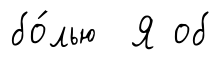
бо́лью Я об